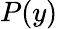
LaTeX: P(y)